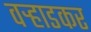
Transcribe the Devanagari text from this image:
वर्‍हाडकर